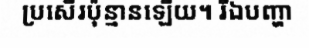
ប្រសើរប៉ុន្មានឡើយ។ រីឯបញ្ហា